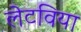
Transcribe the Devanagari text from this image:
लेटविया